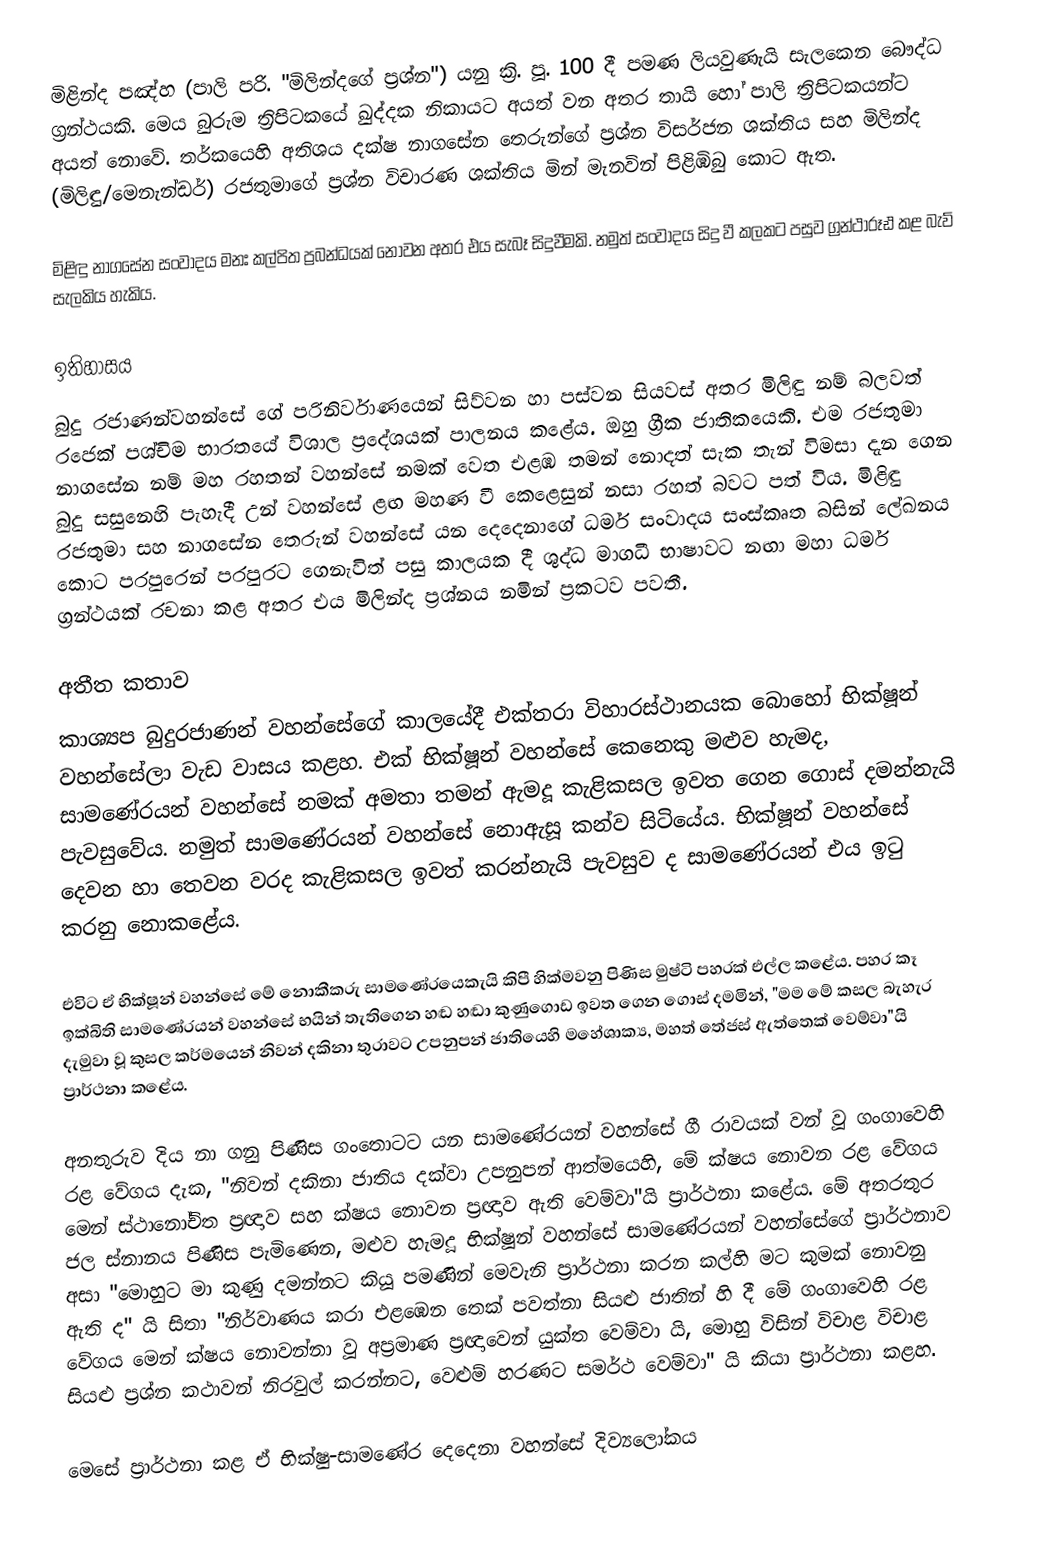
මිළින්ද පඤ්හ (පාලි පරි. "මිලින්දගේ ප්‍රශ්න") යනු ක්‍රි. පූ. 100 දී පමණ ලියවුණැයි සැලකෙන බෞද්ධ ග්‍රන්ථයකි. මෙය බුරුම ත්‍රිපිටකයේ ඛුද්දක නිකායට අයත් වන අතර තායි හෝ පාලි ත්‍රිපිටකයන්ට අයත් නොවේ. තර්කයෙහි අතිශය දක්ෂ නාගසේන තෙරුන්ගේ ප්‍රශ්න විසර්ජන ශක්තිය සහ මිලින්ද (මිලිඳු/මෙනැන්ඩර්) රජතුමාගේ ප්‍රශ්න විචාරණ ශක්තිය මින් මැනවින් පිළිඹිබු කොට ඇත.

මිළිඳු නාගසේන සංවාදය මනඃ කල්පිත ප්‍රබන්ධයක් නොවන අතර එය සැබෑ සිදුවීමකි. නමුත් සංවාදය සිදු වී කලකට පසුව ග්‍රන්ථාරූඪ කළ බැව් සැලකිය හැකිය.

ඉතිහාසය
බුදු රජාණන්වහන්සේ ගේ පරිනිර්වාණයෙන් සිව්වන හා පස්වන සියවස් අතර මිලිඳු නම් බලවත් රජෙක් පශ්චිම භාරතයේ විශාල ප්‍රදේශයක් පාලනය කළේය. ඔහු ග්‍රීක ජාතිකයෙකි. එම රජතුමා නාගසේන නම් මහ රහතන් වහන්සේ නමක් වෙත එළඹ තමන් නොදත් සැක තැන් විමසා දැන ගෙන බුදු සසුනෙහි පැහැදී උන් වහන්සේ ළඟ මහණ වී කෙළෙසුන් නසා රහත් බවට පත් විය. මිළිඳු රජතුමා සහ නාගසේන තෙරුන් වහන්සේ යන දෙදෙනාගේ ධර්ම සංවාදය සංස්කෘත බසින් ලේඛනය කොට පරපුරෙන් පරපුරට ගෙනැවිත් පසු කාලයක දී ශුද්ධ මාගධී භාෂාවට නඟා මහා ධර්ම ග්‍රන්ථයක් රචනා කළ අතර එය මිලින්ද ප්‍රශ්නය නමින් ප්‍රකටව පවතී.

අතීත කතාව
කාශ්‍යප බුදුරජාණන් වහන්සේගේ කාලයේදී එක්තරා විහාරස්ථානයක බොහෝ භික්ෂූන් වහන්සේලා වැඩ වාසය කළහ. එක් භික්ෂූන් වහන්සේ කෙනෙකු මළුව හැමද, සාමණේරයන් වහන්සේ නමක් අමතා තමන් ඇමදූ කැළිකසල ඉවත ගෙන ගොස් දමන්නැයි පැවසුවේය. නමුත් සාමණේරයන් වහන්සේ නොඇසූ කන්ව සිටියේය. භික්ෂූන් වහන්සේ දෙවන හා තෙවන වරද කැළිකසල ඉවත් කරන්නැයි පැවසුව ද සාමණේරයන් එය ඉටු කරනු නොකළේය.

එවිට ඒ භික්ෂූන් වහන්සේ මේ නොකීකරු සාමණේරයෙකැයි කිපී හික්මවනු පිණිස මුෂ්ටි පහරක් එල්ල කළේය. පහර කෑ ඉක්බිති සාමණේරයන් වහන්සේ භයින් තැතිගෙන හඬ හඬා කුණුගොඩ ඉවත ගෙන ගොස් දමමින්, "මම මේ කසල බැහැර දැමුවා වූ කුසල කර්මයෙන් නිවන් දකිනා තුරාවට උපනුපන් ජාතියෙහි මහේශාක්‍ය, මහත් තේජස් ඇත්තෙක් වෙම්වා"යි ප්‍රාර්ථනා කළේය.

අනතුරුව දිය නා ගනු පිණිස ගංතොටට යන සාමණේරයන් වහන්සේ ගී රාවයක් වන් වූ ගංගාවෙහි රළ වේගය දැක, "නිවන් දකිනා ජාතිය දක්වා උපනුපන් ආත්මයෙහි, මේ ක්ෂය නොවන රළ වේගය මෙන් ස්ථානෝචිත ප්‍රඥාව සහ ක්ෂය නොවන ප්‍රඥාව ඇති වෙම්වා"යි ප්‍රාර්ථනා කළේය. මේ අතරතුර ජල ස්නානය පිණිස පැමිණෙන, මළුව හැමදූ භික්ෂූන් වහන්සේ සාමණේරයන් වහන්සේගේ ප්‍රාර්ථනාව අසා "මොහුට මා කුණු දමන්නට කියූ පමණින් මෙවැනි ප්‍රාර්ථනා කරන කල්හි මට කුමක් නොවනු ඇති ද" යි සිතා "නිර්වාණය කරා එළඹෙන තෙක් පවත්නා සියළු ජාතින් හි දී මේ ගංගාවෙහි රළ වේගය මෙන් ක්ෂය නොවන්නා වූ අප්‍රමාණ ප්‍රඥාවෙන් යුක්ත වෙම්වා යි, මොහු විසින් විචාළ විචාළ සියළු ප්‍රශ්න කථාවන් නිරවුල් කරන්නට, වෙළුම් හරණට සමර්ථ වෙම්වා" යි කියා ප්‍රාර්ථනා කළහ.

මෙසේ ප්‍රාර්ථනා කළ ඒ භික්ෂු-සාමණේර දෙදෙනා වහන්සේ දිව්‍යලෝකය